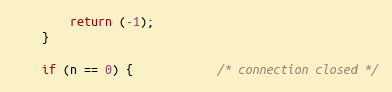
Language: C
		return (-1);
	}

	if (n == 0) {			/* connection closed */